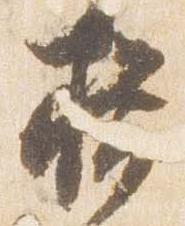
揖